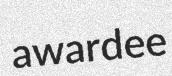
awardee